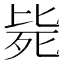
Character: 毙